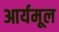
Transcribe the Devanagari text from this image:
आर्यमूल